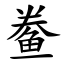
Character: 鲞